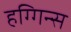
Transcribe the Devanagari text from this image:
हग्गिन्स